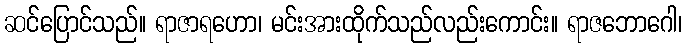
ဆင်ပြောင်သည်။ ရာဇာရဟော၊ မင်းအားထိုက်သည်လည်းကောင်း။ ရာဇဘောဂေါ၊